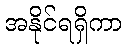
အနိုင်ရရှိကာ